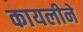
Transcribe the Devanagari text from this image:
कायलीने